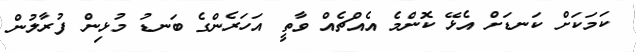
ކަމަކަށް ކަނޑަށް އެޅޭ ކޮންމެ އެއްޗެއް ވާތީ އަހަރެންގެ ބަނޑު މުޅިން ފުރާލުން